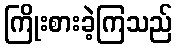
ကြိုးစားခဲ့ကြသည်